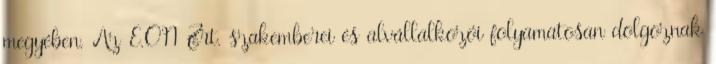
megyében. Az E.ON Zrt. szakemberei és alvállalkozói folyamatosan dolgoznak